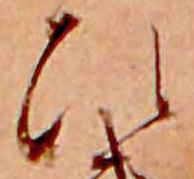
ひ